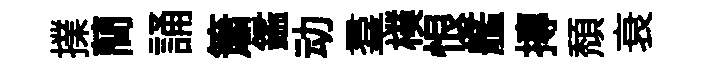
擈蕳誦簫鑑动羣樸恨艦摶頽衰